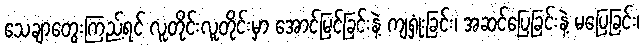
သေချာတွေးကြည့်ရင် လူတိုင်းလူတိုင်းမှာ အောင်မြင်ခြင်းနဲ့ ကျရှုံးခြင်း၊ အဆင်ပြေခြင်းနဲ့ မပြေခြင်း၊